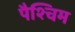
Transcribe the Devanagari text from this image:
पैश्चिम